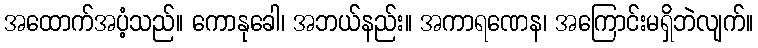
အထောက်အပံ့သည်။ ကောနုခေါ၊ အဘယ်နည်း။ အကာရဏေန၊ အကြောင်းမရှိဘဲလျက်။